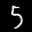
Label: 5